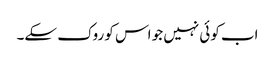
اب کوئی نہیں جو اس کو روک سکے۔